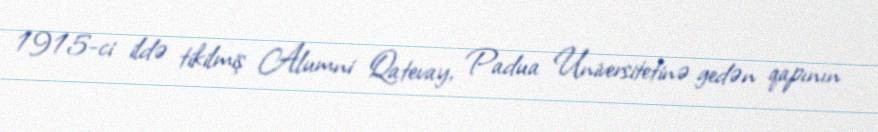
1915-ci ildə tikilmiş Alumni Qatevay, Padua Universitetinə gedən qapının